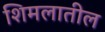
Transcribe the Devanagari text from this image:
शिमलातील